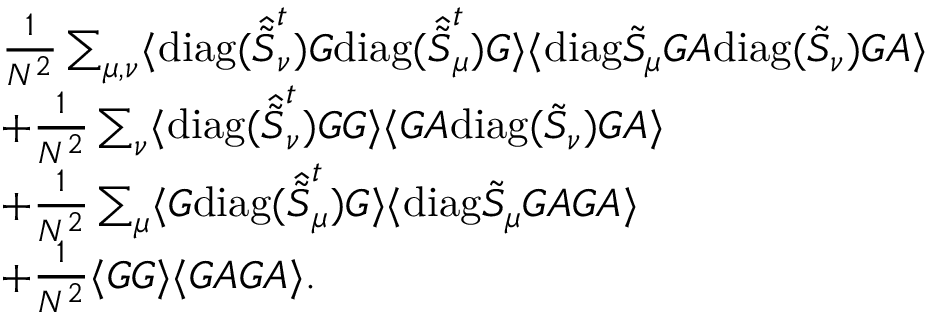
\begin{array} { r l } & { \frac { 1 } { N ^ { 2 } } \sum _ { \mu , \nu } \langle \mathrm { d i a g } ( \hat { \tilde { S } } _ { \nu } ^ { t } ) G \mathrm { d i a g } ( \hat { \tilde { S } } _ { \mu } ^ { t } ) G \rangle \langle \mathrm { d i a g } \tilde { S } _ { \mu } G A \mathrm { d i a g } ( \tilde { S } _ { \nu } ) G A \rangle } \\ & { + \frac { 1 } { N ^ { 2 } } \sum _ { \nu } \langle \mathrm { d i a g } ( \hat { \tilde { S } } _ { \nu } ^ { t } ) G G \rangle \langle G A \mathrm { d i a g } ( \tilde { S } _ { \nu } ) G A \rangle } \\ & { + \frac { 1 } { N ^ { 2 } } \sum _ { \mu } \langle G \mathrm { d i a g } ( \hat { \tilde { S } } _ { \mu } ^ { t } ) G \rangle \langle \mathrm { d i a g } \tilde { S } _ { \mu } G A G A \rangle } \\ & { + \frac { 1 } { N ^ { 2 } } \langle G G \rangle \langle G A G A \rangle . } \end{array}